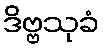
ဒိဗ္ဗသုခံ